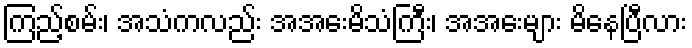
ကြည့်စမ်း၊ အသံကလည်း အအေးမိသံကြီး၊ အအေးများ မိနေပြီလား